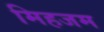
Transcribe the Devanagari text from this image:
मिहजम